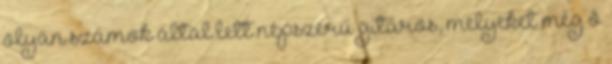
olyan számok által lett népszerű gitáros, melyeket még ő